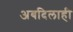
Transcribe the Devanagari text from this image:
अबदिलाही